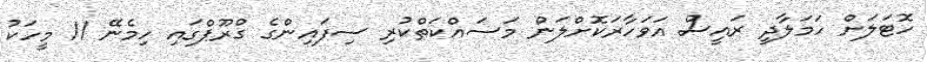
ހޮޓަލަށް ހަމަލާދީ ރައީސް އަވަހާރަކޮށްލަން މަސައްކަތްކުރި ސިފައިންގެ ގްރޫޕްގައި ހިމެނޭ 11 މީހަކު